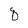
Character: D